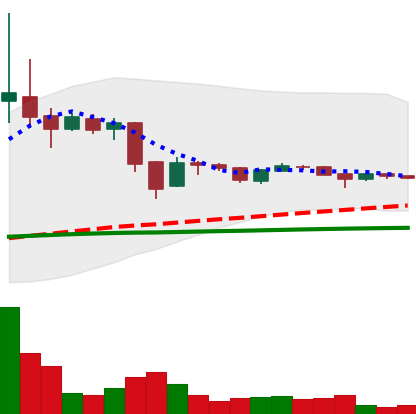
Ticker: BTC-USD
Chart end date: 2015-11-23
Forward return: 10.628%
Label: up_7plus